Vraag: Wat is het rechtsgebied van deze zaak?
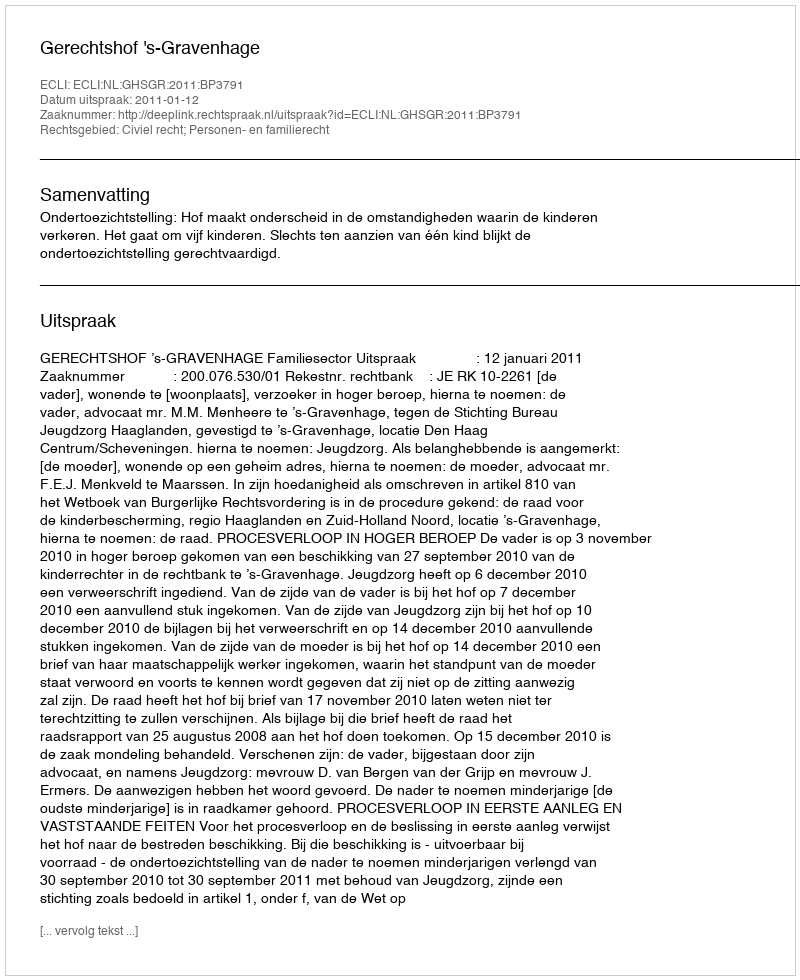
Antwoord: Civiel recht; Personen- en familierecht